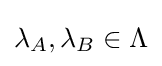
\lambda _{A},\lambda _{B}\in \Lambda